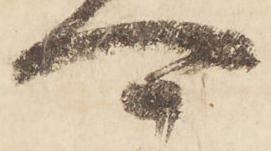
可